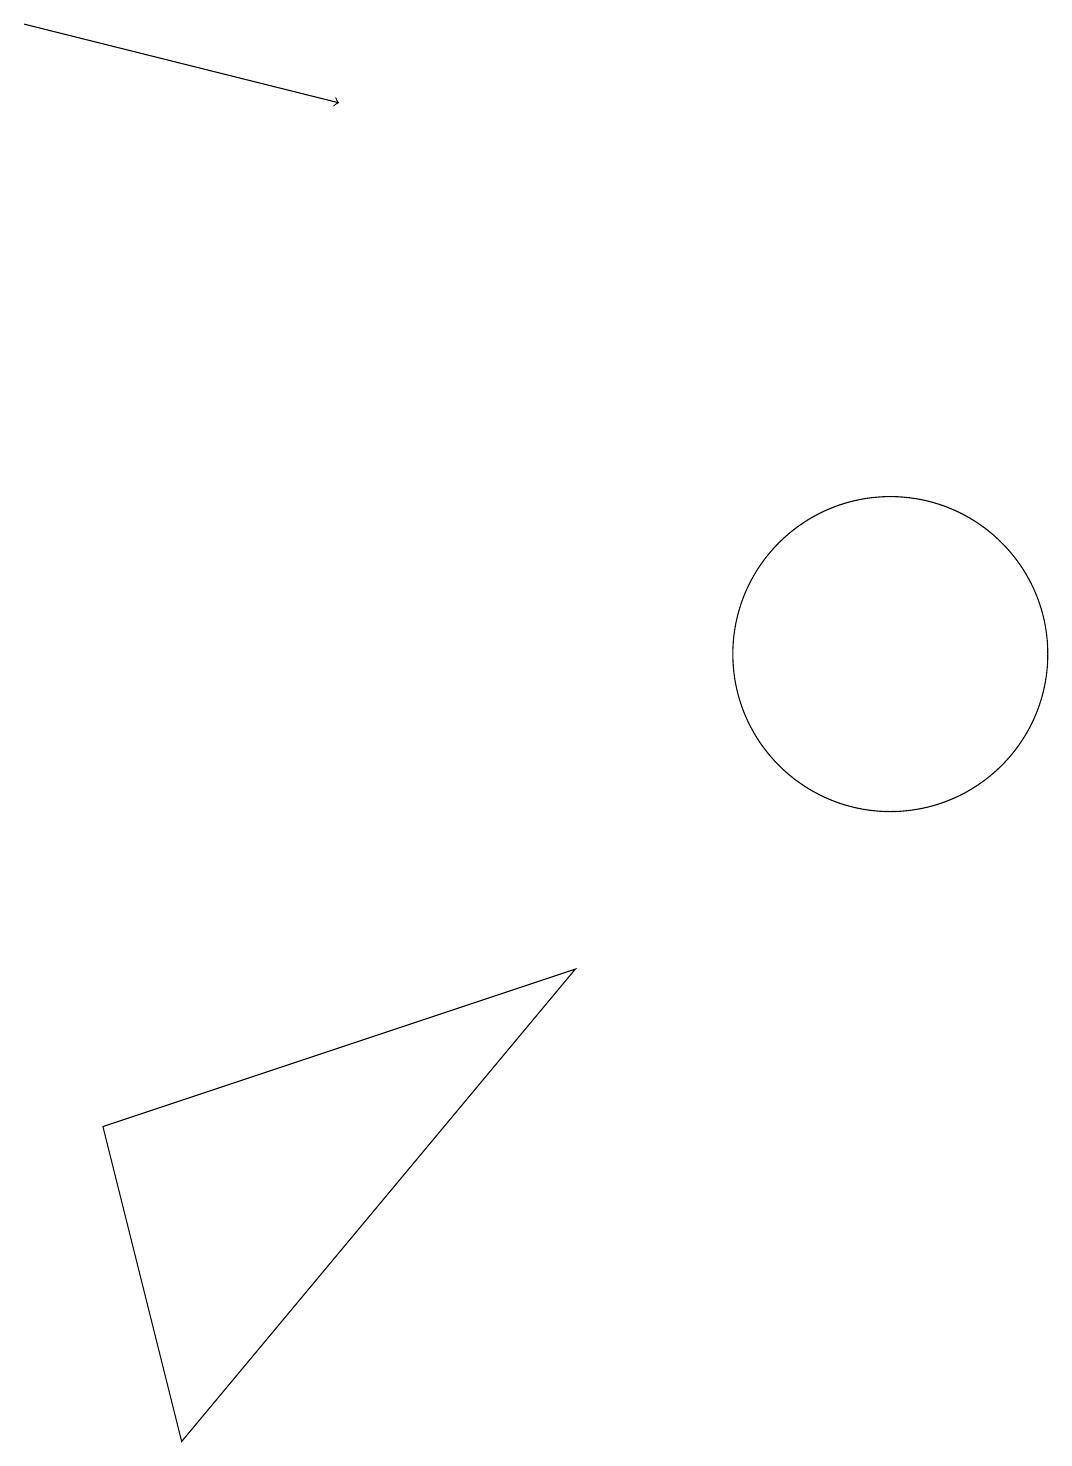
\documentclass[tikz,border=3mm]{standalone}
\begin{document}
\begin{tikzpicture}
\draw (11,10) circle (2);
\draw[->] (0,18) -- (4,17);
\draw (2,0) -- (1,4) -- (7,6) -- cycle;
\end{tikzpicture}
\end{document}